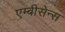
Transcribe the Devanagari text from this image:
एम्बीसेन्स